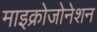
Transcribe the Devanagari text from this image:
माइक्रोजोनेशन